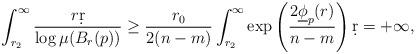
LaTeX: \begin{align*}\int_{r_2}^{\infty}\frac{r\d r}{\log\mu(B_r(p))}\geq \frac{r_0}{2(n-m)}\int_{r_2}^{\infty}\exp\left(\frac{2\underline{\phi}_p(r)}{n-m}\right)\d r=+\infty,\end{align*}